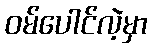
ဝမ်ပေါင်လဲ့မှာ